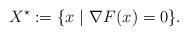
LaTeX: \begin{align*}X^\star:=\{x~|~\nabla F(x)=0\}.\end{align*}